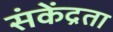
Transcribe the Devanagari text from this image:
संकेंद्रता